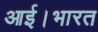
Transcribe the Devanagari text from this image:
आई।भारत